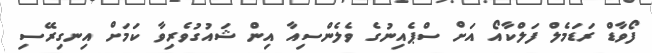
ފޯވާޑް ރަޑަމެލް ފަލްކާއޯ އަށް ސްޕެއިނުގެ ވެލެންސިއާ އިން ޝައުގުވެރިވާ ކަމަށް އިނގިރޭސި